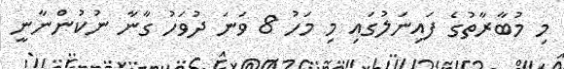
މި މުބާރާތުގެ ފައިނަލުގައި މި މަހު 8 ވަނަ ދުވަހު ގާނާ ނުކުންނާނީ